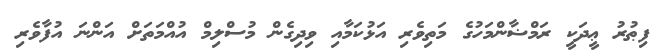
ފިޠުރު ޢީދަކީ ރަމްޟާންމަހުގެ މަތިވެރި އަޅުކަމާއި ވިދިގެން މުސްލިމް އުއްމަތަށް އަންނަ އުފާވެރި